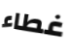
غطاء